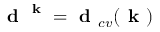
\textbf { d } ^ { \textbf { k } } = \textbf { d } _ { c v } ( \textbf { k } )